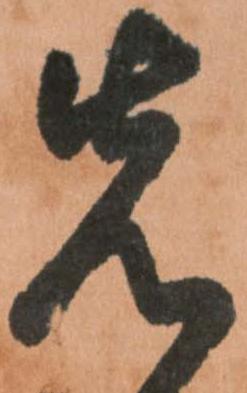
先